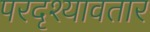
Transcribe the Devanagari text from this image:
परदृश्यावतार